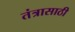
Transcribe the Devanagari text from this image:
तंत्रासाठी